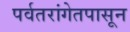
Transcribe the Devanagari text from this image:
पर्वतरांगेतपासून